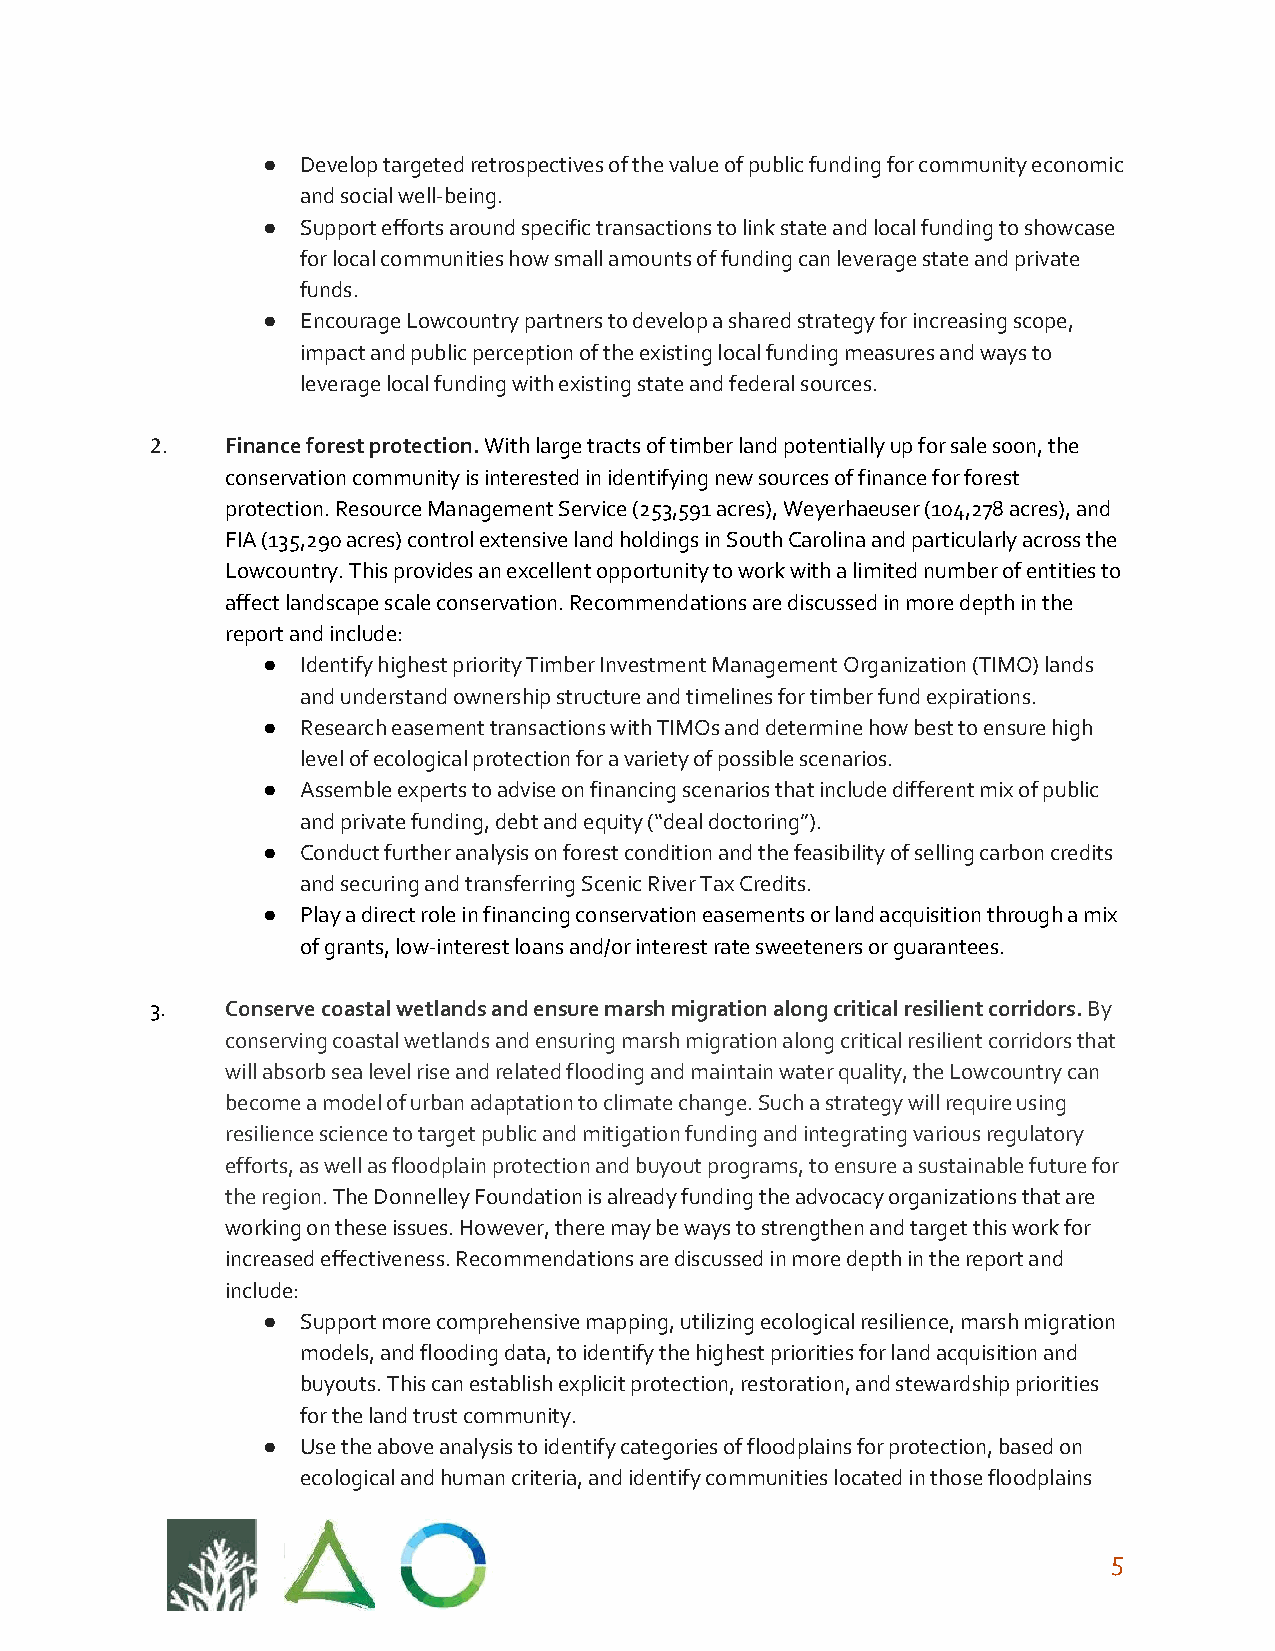
●  Develop targeted retrospectives of the value of public funding for community economic
 and social well-being.
 ●  Support efforts around specific transactions to link state and local funding to showcase
 for local communities how small amounts of funding can leverage state and private
 funds.
 ●  Encourage Lowcountry partners to develop a shared strategy for increasing scope,
 impact and public perception of the existing local funding measures and ways to
 leverage local funding with existing state and federal sources.
 2.   Finance forest protection. With large tracts of timber land potentially up for sale soon, the
 ​​
 conservation community is interested in identifying new sources of finance for forest
 protection. Resource Management Service (253,591 acres), Weyerhaeuser (104,278 acres), and
 FIA (135,290 acres) control extensive land holdings in South Carolina and particularly across the
 Lowcountry. This provides an excellent opportunity to work with a limited number of entities to
 affect landscape scale conservation. Recommendations are discussed in more depth in the
 report and include:
 ●  Identify highest priority Timber Investment Management Organization (TIMO) lands
 and understand ownership structure and timelines for timber fund expirations.
 ●  Research easement transactions with TIMOs and determine how best to ensure high
 level of ecological protection for a variety of possible scenarios.
 ●  Assemble experts to advise on financing scenarios that include different mix of public
 and private funding, debt and equity (“deal doctoring”).
 ●  Conduct further analysis on forest condition and the feasibility of selling carbon credits
 and securing and transferring Scenic River Tax Credits.
 ●  Play a direct role in financing conservation easements or land acquisition through a mix
 of grants, low-interest loans and/or interest rate sweeteners or guarantees.
 3.   Conserve coastal wetlands and ensure marsh migration along critical resilient corridors. By
 ​
 conserving coastal wetlands and ensuring marsh migration along critical resilient corridors that
 will absorb sea level rise and related flooding and maintain water quality, the Lowcountry can
 become a model of urban adaptation to climate change. Such a strategy will require using
 resilience science to target public and mitigation funding and integrating various regulatory
 efforts, as well as floodplain protection and buyout programs, to ensure a sustainable future for
 the region. The Donnelley Foundation is already funding the advocacy organizations that are
 ​
 working on these issues. However, there may be ways to strengthen and target this work for
 increased effectiveness. Recommendations are discussed in more depth in the report and
 include:
 ●  Support more comprehensive mapping, utilizing ecological resilience, marsh migration
 models, and flooding data, to identify the highest priorities for land acquisition and
 buyouts. This can establish explicit protection, restoration, and stewardship priorities
 for the land trust community.
 ●  Use the above analysis to identify categories of floodplains for protection, based on
 ecological and human criteria, and identify communities located in those floodplains
 5